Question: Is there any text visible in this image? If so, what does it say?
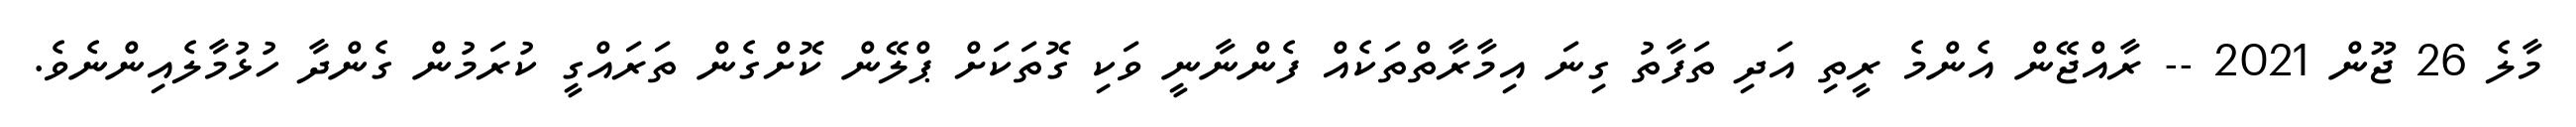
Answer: މާލެ 26 ޖޫން 2021 -- ރާއްޖޭން އެންމެ ރީތި އަދި ތަފާތު ގިނަ އިމާރާތްތަކެއް ފެންނާނީ ވަކި ގޮތަކަށް ޕްލޭން ކޮށްގެން ތަރައްގީ ކުރަމުން ގެންދާ ހުޅުމާލެއިންނެވެ.